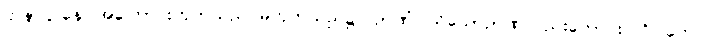
ဌာနာဌာနေ၊ အကြောင်းဟုတ်သည် မဟုတ်သည်၌။ ဉာဏံ၊ သိသောဉာဏ်လည်းကောင်း။ ဝိပါကေ၊